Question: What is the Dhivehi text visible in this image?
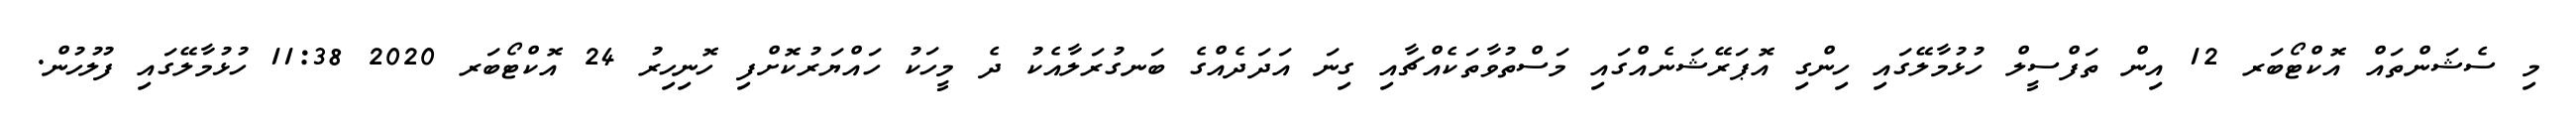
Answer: މި ސެޝަންތައް އޮކްޓޯބަރ 12 އިން ތަފްސީލް ހުޅުމާލޭގައި ހިންގި އޮޕަރޭޝަނެއްގައި މަސްތުވާތަކެއްޗާއި ގިނަ އަދަދެއްގެ ބަނގުރަލާއެކު ދެ މީހަކު ހައްޔަރުކޮށްފި ހޮނިހިރު 24 އޮކްޓޯބަރ 2020 11:38 ހުޅުމާލޭގައި ފުލުހުން.